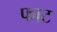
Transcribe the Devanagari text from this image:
फाट